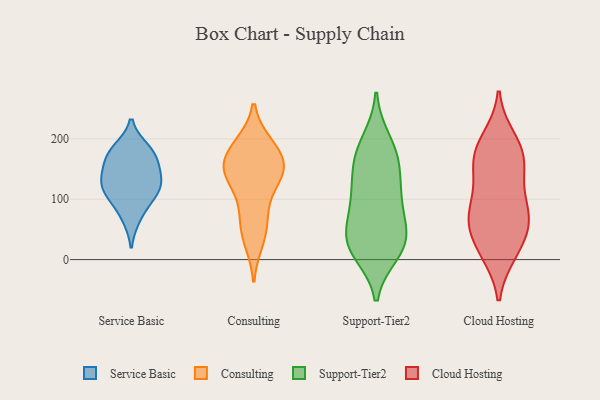
{"axis": {"x": "Customer Acquisition Cost (USD)", "y": "Value"}, "legend": ["Cloud Hosting", "Consulting", "Service Basic", "Support-Tier2"], "data": [{"x": "", "y": 183, "type": "Service Basic"}, {"x": "", "y": 69, "type": "Service Basic"}, {"x": "", "y": 153, "type": "Service Basic"}, {"x": "", "y": 104, "type": "Service Basic"}, {"x": "", "y": 170, "type": "Service Basic"}, {"x": "", "y": 123, "type": "Service Basic"}, {"x": "", "y": 130, "type": "Service Basic"}, {"x": "", "y": 105, "type": "Service Basic"}, {"x": "", "y": 178, "type": "Service Basic"}, {"x": "", "y": 134, "type": "Service Basic"}, {"x": "", "y": 31, "type": "Consulting"}, {"x": "", "y": 90, "type": "Consulting"}, {"x": "", "y": 136, "type": "Consulting"}, {"x": "", "y": 188, "type": "Consulting"}, {"x": "", "y": 70, "type": "Consulting"}, {"x": "", "y": 160, "type": "Consulting"}, {"x": "", "y": 190, "type": "Consulting"}, {"x": "", "y": 155, "type": "Consulting"}, {"x": "", "y": 144, "type": "Consulting"}, {"x": "", "y": 144, "type": "Consulting"}, {"x": "", "y": 139, "type": "Consulting"}, {"x": "", "y": 182, "type": "Consulting"}, {"x": "", "y": 45, "type": "Consulting"}, {"x": "", "y": 21, "type": "Support-Tier2"}, {"x": "", "y": 126, "type": "Support-Tier2"}, {"x": "", "y": 164, "type": "Support-Tier2"}, {"x": "", "y": 13, "type": "Support-Tier2"}, {"x": "", "y": 92, "type": "Support-Tier2"}, {"x": "", "y": 161, "type": "Support-Tier2"}, {"x": "", "y": 90, "type": "Support-Tier2"}, {"x": "", "y": 41, "type": "Support-Tier2"}, {"x": "", "y": 38, "type": "Support-Tier2"}, {"x": "", "y": 196, "type": "Support-Tier2"}, {"x": "", "y": 106, "type": "Support-Tier2"}, {"x": "", "y": 26, "type": "Support-Tier2"}, {"x": "", "y": 177, "type": "Support-Tier2"}, {"x": "", "y": 32, "type": "Support-Tier2"}, {"x": "", "y": 79, "type": "Cloud Hosting"}, {"x": "", "y": 24, "type": "Cloud Hosting"}, {"x": "", "y": 81, "type": "Cloud Hosting"}, {"x": "", "y": 57, "type": "Cloud Hosting"}, {"x": "", "y": 149, "type": "Cloud Hosting"}, {"x": "", "y": 160, "type": "Cloud Hosting"}, {"x": "", "y": 77, "type": "Cloud Hosting"}, {"x": "", "y": 11, "type": "Cloud Hosting"}, {"x": "", "y": 127, "type": "Cloud Hosting"}, {"x": "", "y": 12, "type": "Cloud Hosting"}, {"x": "", "y": 184, "type": "Cloud Hosting"}, {"x": "", "y": 53, "type": "Cloud Hosting"}, {"x": "", "y": 200, "type": "Cloud Hosting"}, {"x": "", "y": 187, "type": "Cloud Hosting"}, {"x": "", "y": 78, "type": "Cloud Hosting"}, {"x": "", "y": 160, "type": "Cloud Hosting"}]}